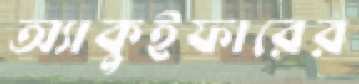
অ্যাকুইফারের